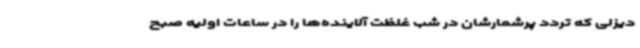
دیزلی که تردد پرشمارشان در شب غلظت آلاینده‌ها را در ساعات اولیه صبح